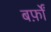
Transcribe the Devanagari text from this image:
बर्फ़ों